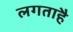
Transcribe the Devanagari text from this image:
लगताहै